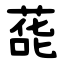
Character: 蒊